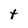
Character: t